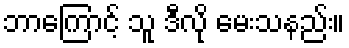
ဘာကြောင့် သူ ဒီလို မေးသနည်း။